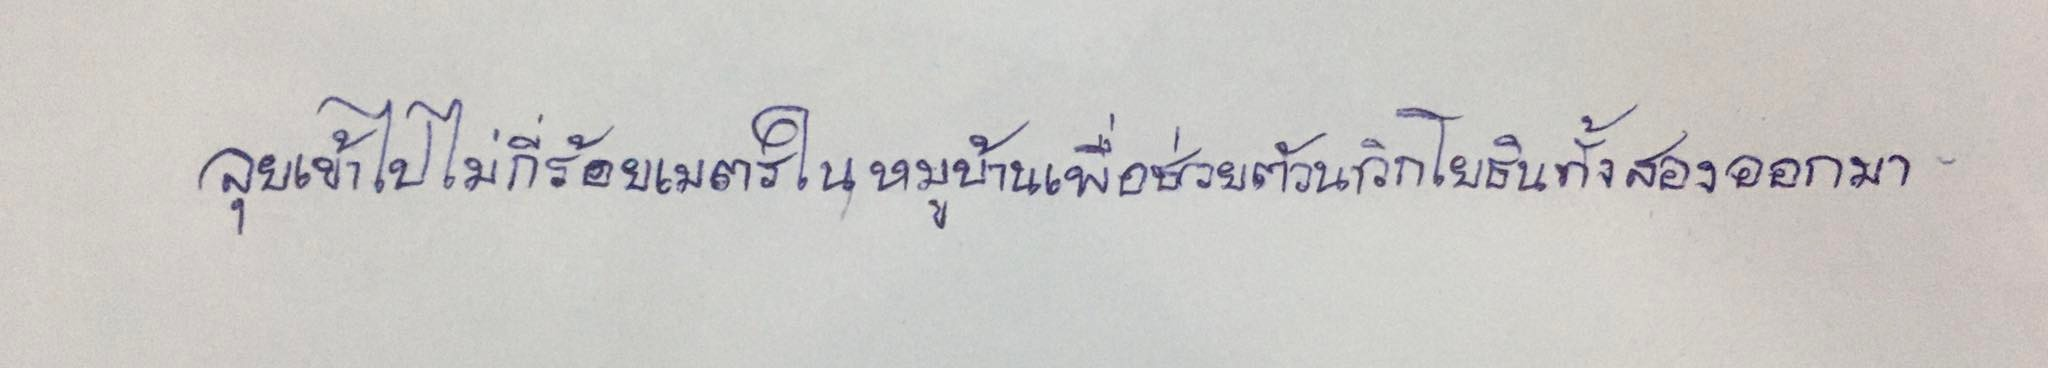
ลุยเข้าไปไม่กี่ร้อยเมตรในหมู่บ้านเพื่อช่วยตัวนาวิกโยธินทั้งสองออกมา